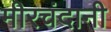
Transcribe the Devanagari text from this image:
मीरचंदानी